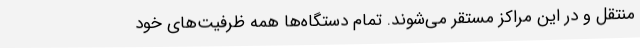
منتقل و در این مراکز مستقر می‌شوند. تمام دستگاه‌ها همه ظرفیت‌های خود